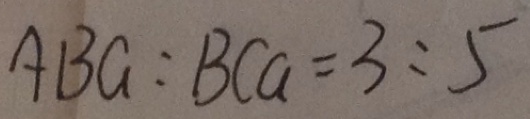
A B G = B C G = 3 : 5